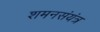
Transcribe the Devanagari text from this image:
शमनसंयंत्र